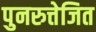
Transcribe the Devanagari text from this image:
पुनरुत्तेजित